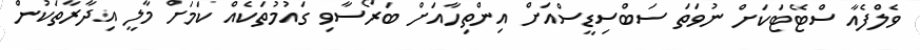
ވެލްފެއާ ސްޓޭޓަކަށް ނުވަތަ ސަބްސިޑީސްއަށް އިންތިހާއަށް ބަރޯސާވި ގައުމުތަކެއް ކަމަށް މާލީ އިދާރާތަކުން